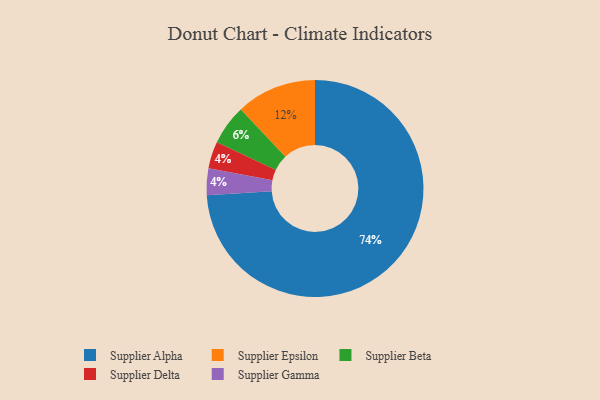
{"axis": {"x": "Category", "y": "Percentage"}, "legend": ["Supplier Alpha", "Supplier Beta", "Supplier Delta", "Supplier Epsilon", "Supplier Gamma"], "data": [{"x": "Supplier Alpha", "y": 74, "type": "Supplier Alpha"}, {"x": "Supplier Delta", "y": 4, "type": "Supplier Delta"}, {"x": "Supplier Gamma", "y": 4, "type": "Supplier Gamma"}, {"x": "Supplier Beta", "y": 6, "type": "Supplier Beta"}, {"x": "Supplier Epsilon", "y": 12, "type": "Supplier Epsilon"}]}